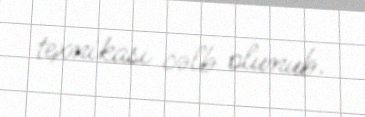
texnikası cəlb olunub.